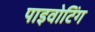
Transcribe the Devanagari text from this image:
पाइवोटिंग